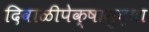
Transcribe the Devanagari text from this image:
दिवाळीपेक्षासुद्धा